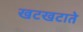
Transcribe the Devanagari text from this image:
खटखटाते